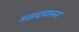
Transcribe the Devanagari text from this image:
माझदायासना